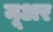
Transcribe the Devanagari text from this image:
मूअर